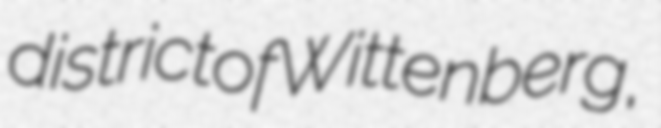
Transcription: district of Wittenberg,